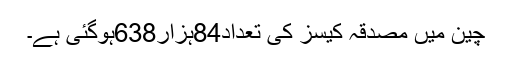
چین میں مصدقہ کیسز کی تعداد84ہزار638ہوگئی ہے۔